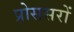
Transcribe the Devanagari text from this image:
प्रोससरों